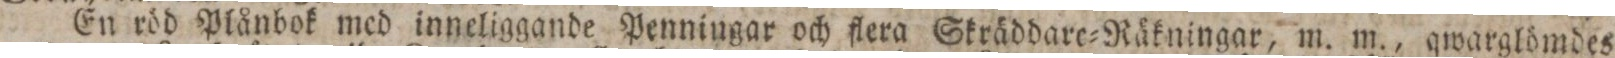
En röd Plånbok med inneliggande Penningar och flera Skräddare=Räkningar, m. m., qwarglömdes